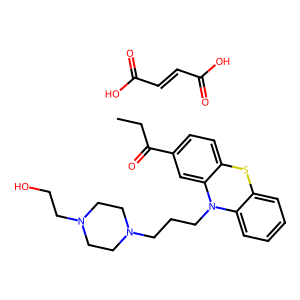
SMILES: CCC(=O)c1ccc2c(c1)N(CCCN1CCN(CCO)CC1)c1ccccc1S2.O=C(O)C=CC(=O)O
Inhibits HIV replication: No